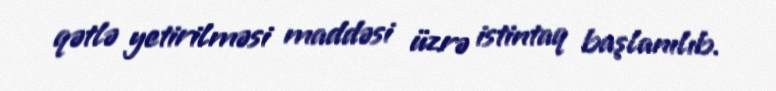
qətlə yetirilməsi maddəsi üzrə istintaq başlanılıb.